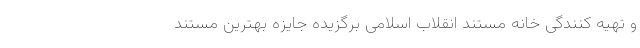
و تهیه کنندگی خانه مستند انقلاب اسلامی برگزیده جایزه بهترین مستند